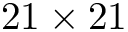
2 1 \times 2 1